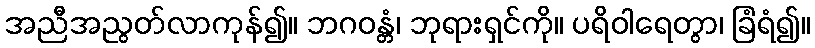
အညီအညွတ်လာကုန်၍။ ဘဂဝန္တံ၊ ဘုရားရှင်ကို။ ပရိဝါရေတွာ၊ ခြံရံ၍။